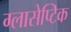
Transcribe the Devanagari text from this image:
ग्लासेप्टिक